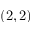
( 2 , 2 )